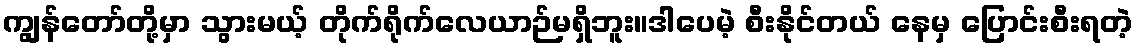
ကျွန်တော်တို့မှာ သွားမယ့် တိုက်ရိုက်လေယာဉ်မရှိဘူး။ဒါပေမဲ့ စီးနိုင်တယ် နေမှ ပြောင်းစီးရတဲ့